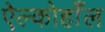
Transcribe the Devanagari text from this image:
ऐल्कोहाँल